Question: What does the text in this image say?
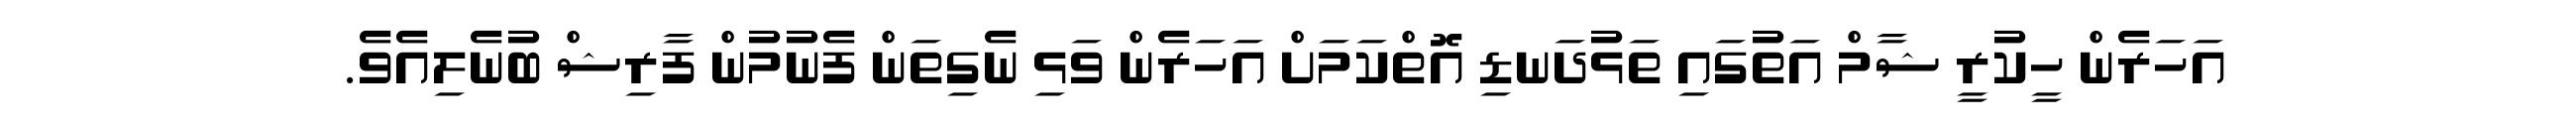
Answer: އަހަރެން ހީކުރީ ޝާމް އަތުގައި ތަޅުދަނޑި އޮތްކަމަށް އަހަރެން ވަޅި ނެގިތަން ފެނުމުން ފާރިޝް ބުނެލިއެވެ.